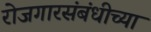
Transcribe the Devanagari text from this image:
रोजगारसंबंधीच्या